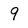
Character: 9